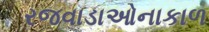
રજવાડાઓનાકાળ